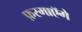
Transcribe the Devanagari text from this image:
फ़रमाएॅगे